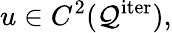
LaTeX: u\in C^{2}(\mathcal{Q}^{\mathrm{iter}}),